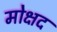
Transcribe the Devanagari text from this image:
मोक्षद